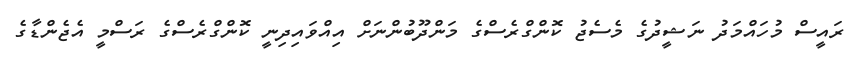
ރައީސް މުހައްމަދު ނަޝީދުގެ މެސެޖު ކޮންގްރެސްގެ މަންދޫބުންނަށް އިއްވައިދިނީ ކޮންގްރެސްގެ ރަސްމީ އެޖެންޑާގެ